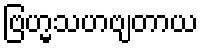
ဗြဟ္မသဟဗျတာယ